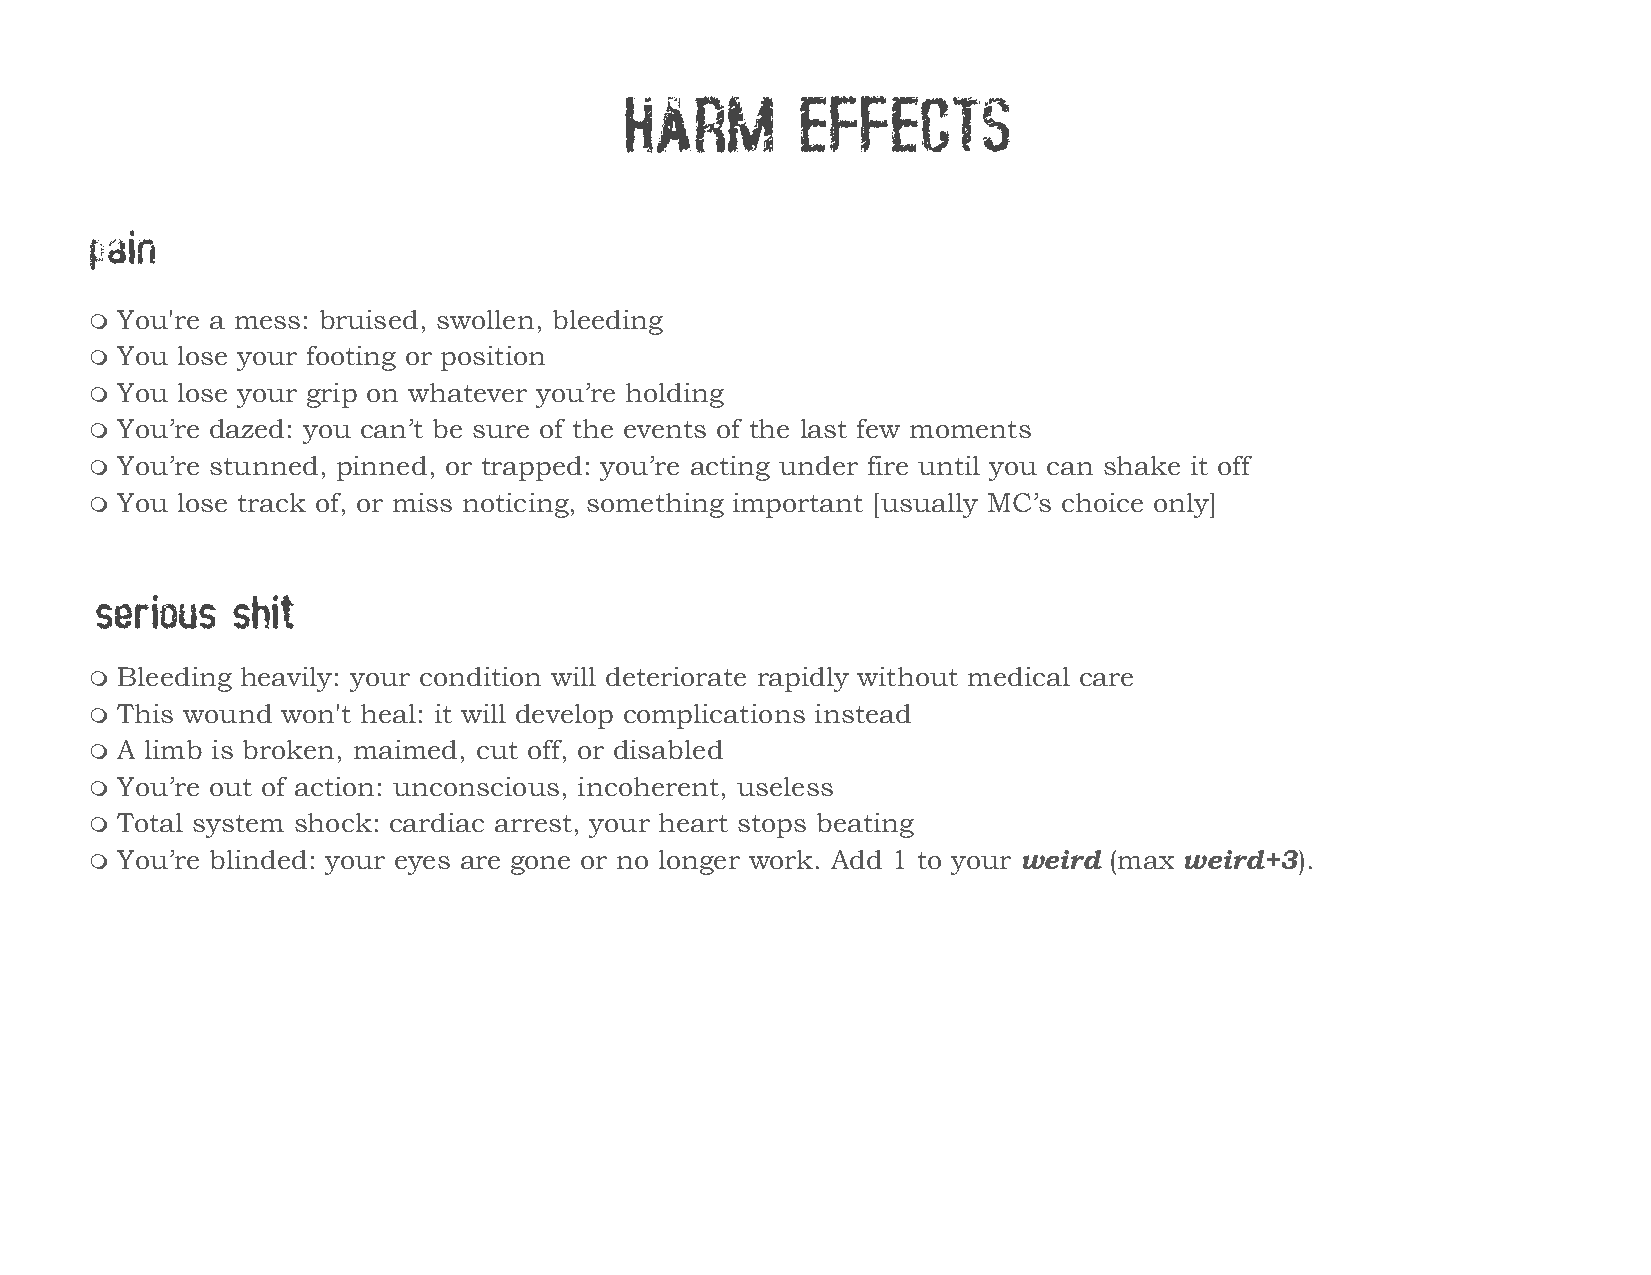
HARM        EFFECTS
 pain
  You're a mess: bruised, swollen, bleeding
  You lose your footing or position
  You lose your grip on whatever you’re holding
  You’re dazed: you can’t be sure of the events of the last few moments
  You’re stunned, pinned, or trapped: you’re acting under fire until you can shake it off
  You lose track of, or miss noticing, something important [usually MC’s choice only]
 serious  shit
  Bleeding heavily: your condition will deteriorate rapidly without medical care
  This wound won't heal: it will develop complications instead
  A limb is broken, maimed, cut off, or disabled
  You’re out of action: unconscious, incoherent, useless
  Total system shock: cardiac arrest, your heart stops beating
  You’re blinded: your eyes are gone or no longer work. Add 1 to your weird (max weird+3).